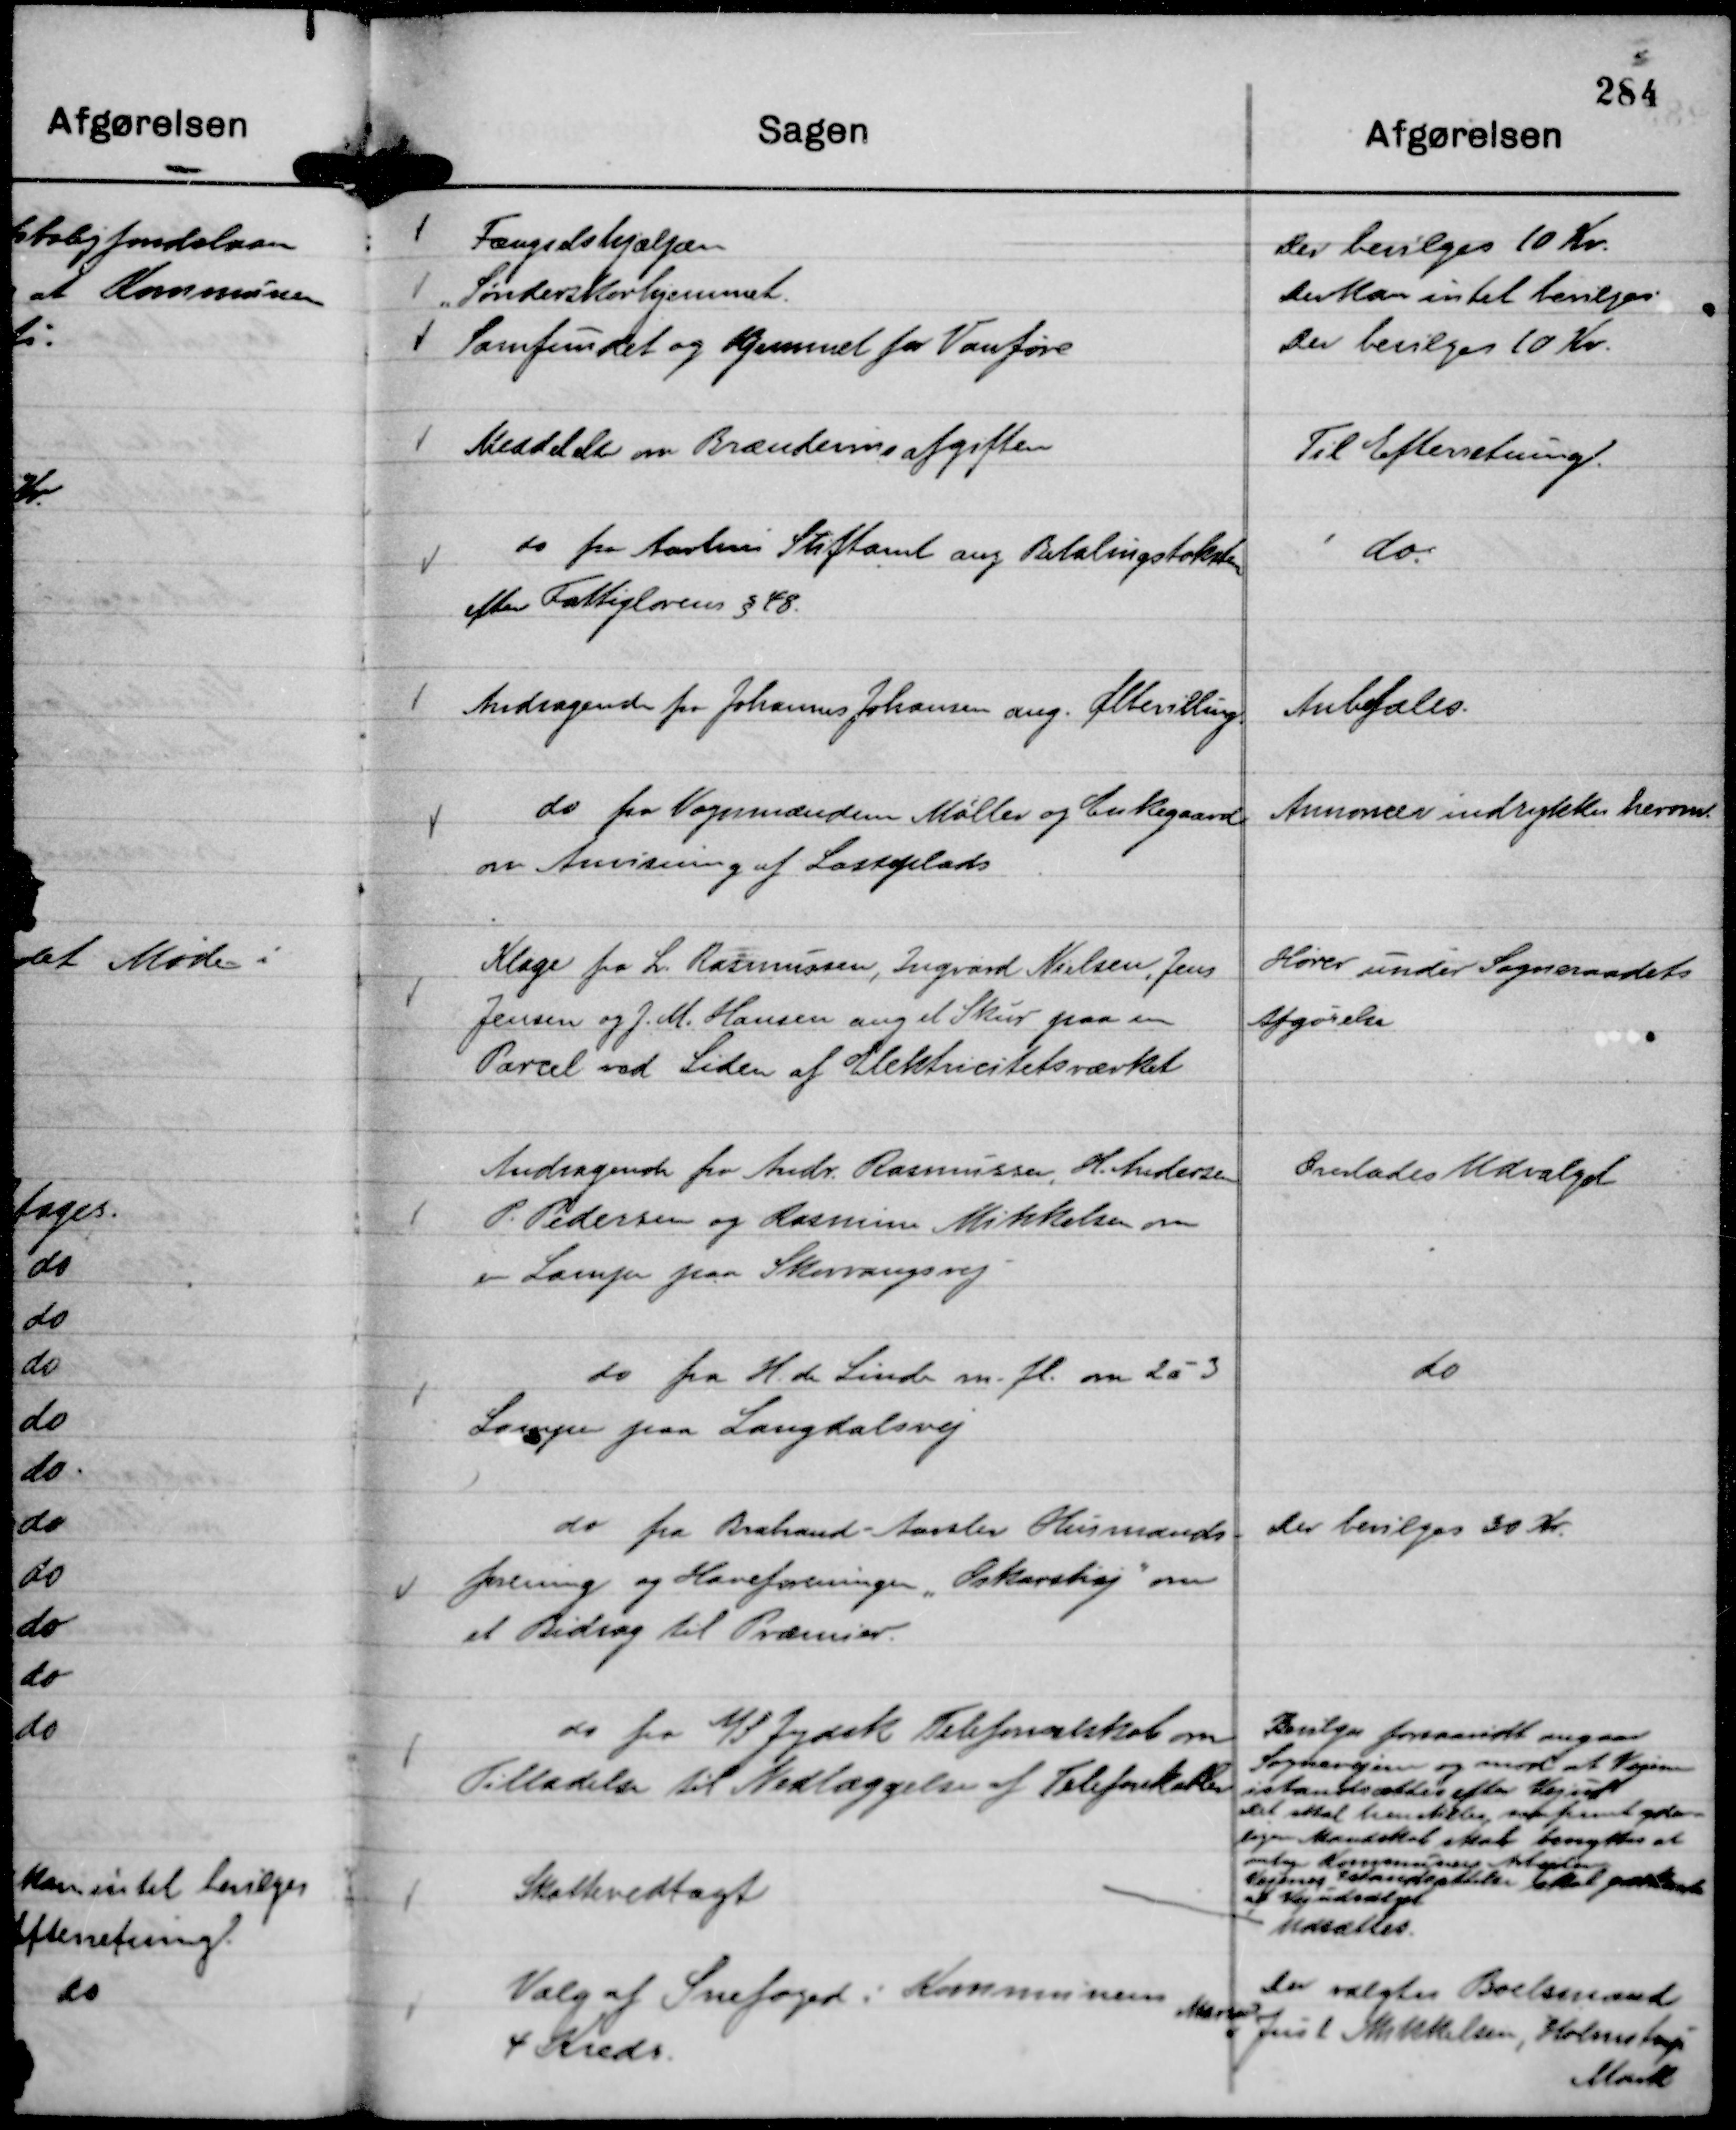
Transskription:
Fængselshjælpen
Der bevilges 10 Kr.

Sønderskovhjemmet
Der kan intet bevilges.

Samfundet og Hjemmet for Vanføre
Der bevilges 10 Kr.

Meddelelse om Brændevinsafgiften

Til Efterretning.

do fra Aarhus Stiftamt ang Betalingstaksten
efter Fattiglovens § 48.

do.

Andragende fra Johannes Johansen ang. Ølbevilling.

Anbefales.

do fra Vognmændene Møller og Enkegaard
om Anvisning af Losseplads

Annoncer indrykkes herom.

Klage fra L. Rasmussen, Ingvard Nielsen, Jens
Jensen og J. M. Hansen ang et Skur paa en
Parcel ved Siden af Elektricitetsværket

Hører under Sogneraadets
Afgørelse

Andragende fra Andr. Rasmussen, H. Andersen
P. Pedersen og Rasmus Mikkelsen om
en Lampe paa Skovvangsvej

Overlades Udvalget

do fra H. de Linde m. fl. om 2 á 3
Lamper paa Langdalsvej

do

do fra Brabrand - Aarslev Husmands-
forening og Haveforeningen "Oskarshøj"

om
et Bidrag til Præmier.

Der bevilges 30 Kr.

do fra A/S Jydsk Telefonselskab om
Tilladelse til Nedlæggelse af Telefonkabler

Bevilges forsaavidt angaar
Sognevejene og mod at Vejene
istandsættes efter Vejud
Det skal henstilles, saafremt yder-
ligere Mandskab skal benyttes at
antage Kommunens Arbejdere og
Vejenes istandsættelse skal godkendes
af Vejudvalget

Skattevedtægt

Udsættes.

Valg af Snefoged i Kommunens
4 Kreds.

Der valgtes Boelsmand
Marius
Just Mikkelsen, Holmstrup
Mark